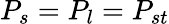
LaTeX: P_{s}=P_{l}=P_{st}